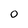
Character: 0